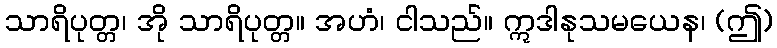
သာရိပုတ္တ၊ အို သာရိပုတ္တ။ အဟံ၊ ငါသည်။ ဣဒါနုသမယေန၊ (ဤ)